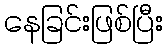
နေခြင်းဖြစ်ပြီး